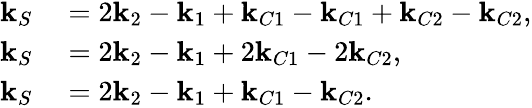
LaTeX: \begin{array}{rl}{\mathbf{k}_{S}}&{{}=2\mathbf{k}_{2}-\mathbf{k}_{1}+\mathbf{k}_{C1}-\mathbf{k}_{C1}+\mathbf{k}_{C2}-\mathbf{k}_{C2},}\\ {\mathbf{k}_{S}}&{{}=2\mathbf{k}_{2}-\mathbf{k}_{1}+2\mathbf{k}_{C1}-2\mathbf{k}_{C2},}\\ {\mathbf{k}_{S}}&{{}=2\mathbf{k}_{2}-\mathbf{k}_{1}+\mathbf{k}_{C1}-\mathbf{k}_{C2}.}\end{array}